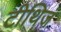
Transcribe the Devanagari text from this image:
टीथिज